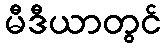
မီဒီယာတွင်